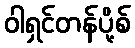
ဝါရှင်တန်ပို့စ်